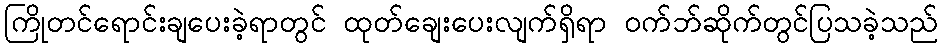
ကြိုတင်ရောင်းချပေးခဲ့ရာတွင် ထုတ်ချေးပေးလျက်ရှိရာ ဝက်ဘ်ဆိုက်တွင်ပြသခဲ့သည်